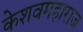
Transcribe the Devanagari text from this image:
केशवमहाराज